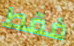
فقط